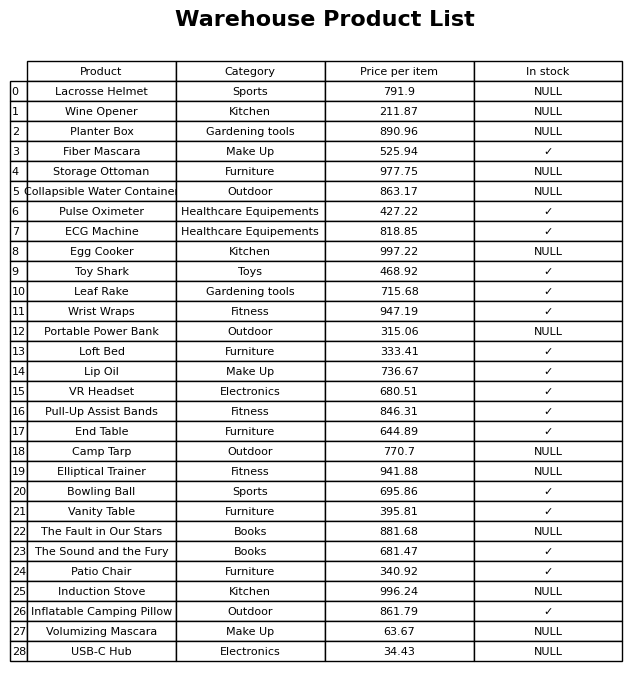
question: Which products are currently out of stock?
answer: Lacrosse Helmet, Wine Opener, Planter Box, Storage Ottoman, Collapsible Water Container, Egg Cooker, Portable Power Bank, Camp Tarp, Elliptical Trainer, The Fault in Our Stars, Induction Stove, Volumizing Mascara, USB-C Hub